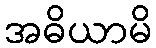
အဓိယာမိ